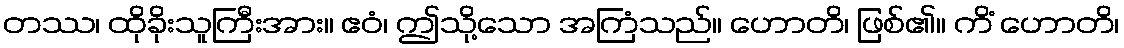
တဿ၊ ထိုခိုးသူကြီးအား။ ဧဝံ၊ ဤသို့သော အကြံသည်။ ဟောတိ၊ ဖြစ်၏။ ကိံ ဟောတိ၊